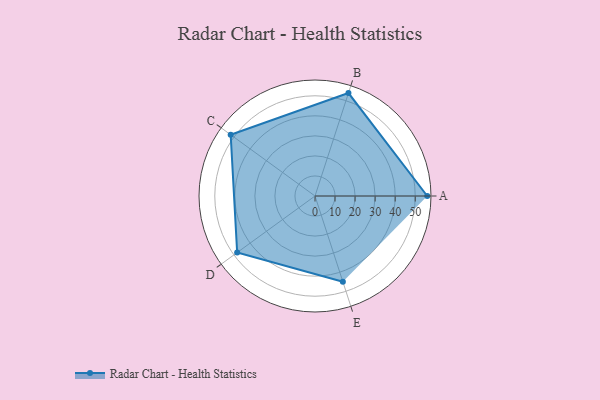
{"axis": {"x": "Skill", "y": "Score"}, "legend": ["Profile"], "data": [{"x": "A", "y": 56.0, "type": "Profile"}, {"x": "B", "y": 54.0, "type": "Profile"}, {"x": "C", "y": 52.0, "type": "Profile"}, {"x": "D", "y": 48.0, "type": "Profile"}, {"x": "E", "y": 45.0, "type": "Profile"}]}